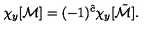
\chi _ { y } [ { \cal M } ] = ( - 1 ) ^ { \hat { c } } \chi _ { y } [ \tilde { \cal M } ] .